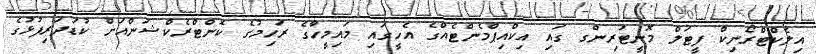
އިލެކްޓްރޯނިކް ފީޓަލް މޮނީޓަރިންގ ގައި އިކްއިޕްމެންޓެއްގެ އެހީގައި މައިމީހާގެ ރަހިމުގެ ކޮންޓްރެކްޝަންއަށް ކުޑަދަރިފުޅުގެ